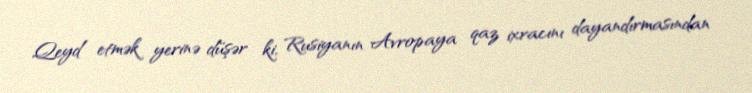
Qeyd etmək yerinə düşər ki, Rusiyanın Avropaya qaz ixracını dayandırmasından